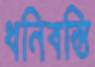
ধনিবস্তি